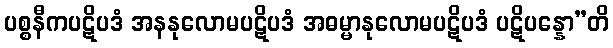
ပစ္စနီကပဋိပဒံ အနနုလောမပဋိပဒံ အဓမ္မာနုလောမပဋိပဒံ ပဋိပန္နော”တိ